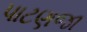
પાટણજા